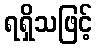
ရရှိသဖြင့်